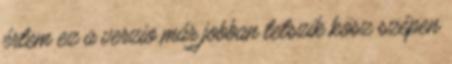
értem ez a verzio már jobban tetszik kösz szépen